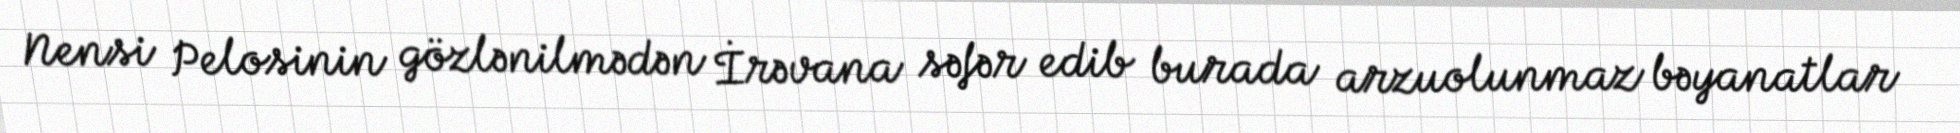
Nensi Pelosinin gözlənilmədən İrəvana səfər edib burada arzuolunmaz bəyanatlar